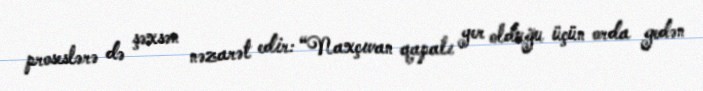
proseslərə də şəxsən nəzarət edir: “Naxçıvan qapalı yer olduğu üçün orda gedən